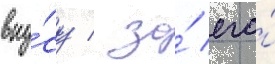
вку́су / за́ его́